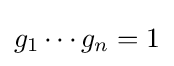
g_{1}\cdots g_{n}=1